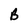
Character: B